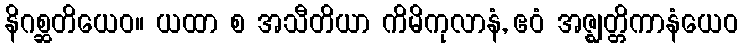
နိဂစ္ဆတိယေဝ။ ယထာ စ အသီတိယာ ကိမိကုလာနံ, ဧဝံ အဇ္ဈတ္တိကာနံယေဝ